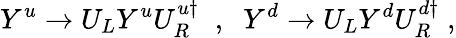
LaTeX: Y^{u}\rightarrow U_{L}Y^{u}U_{R}^{u\dagger}\; \; ,\; \; Y^{d}\rightarrow U_{L}Y^{d}U_{R}^{d\dagger}\; ,